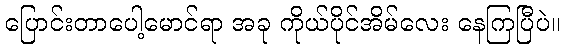
ပြောင်းတာပေါ့မောင်ရာ အခု ကိုယ်ပိုင်အိမ်လေး နေကြပြီပဲ။